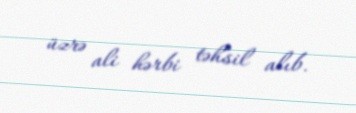
üzrə ali hərbi təhsil alıb.